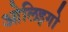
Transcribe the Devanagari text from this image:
ओलिइगो